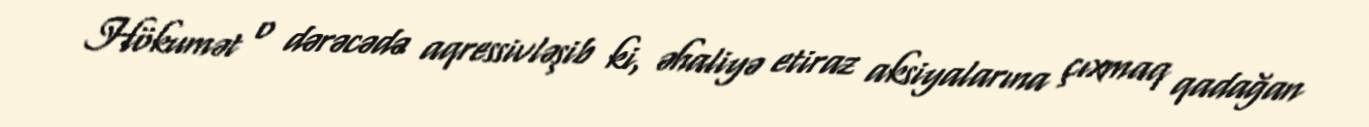
Hökumət o dərəcədə aqressivləşib ki, əhaliyə etiraz aksiyalarına çıxmaq qadağan